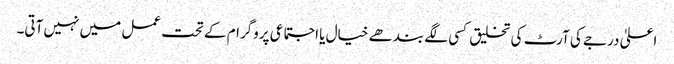
اعلیٰ درجے کی آرٹ کی تخلیق کسی لگے بندھے خیال یا اجتماعی پروگرام کے تحت عمل میں نہیں آتی۔